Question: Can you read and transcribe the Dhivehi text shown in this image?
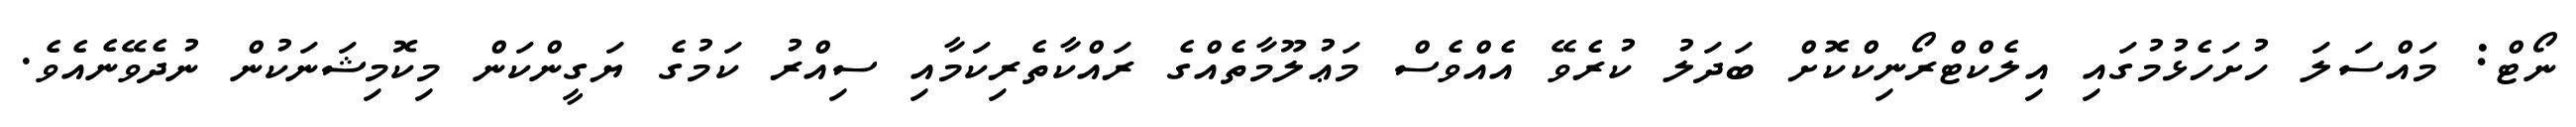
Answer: ނޯޓް: މައްސަލަ ހުށަހެޅުމުގައި އިލެކްޓްރޯނިކްކޮށް ބަދަލު ކުރެވޭ އެއްވެސް މަޢުލޫމާތެއްގެ ރައްކާތެރިކަމާއި ސިއްރު ކަމުގެ ޔަގީންކަން މިކޮމިޝަނަކުން ނުދެވޭނެއެވެ.